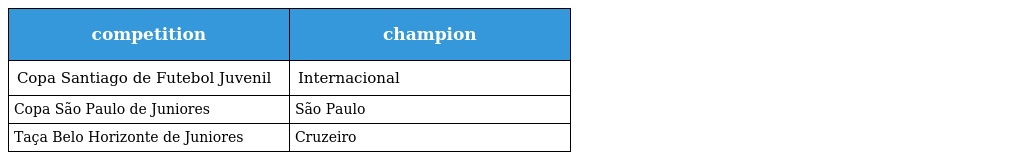
| competition | champion |
 | --- | --- |
 | Copa Santiago de Futebol Juvenil | Internacional |
 | Copa São Paulo de Juniores | São Paulo |
 | Taça Belo Horizonte de Juniores | Cruzeiro |